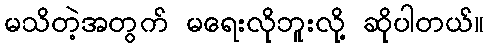
မသိတဲ့အတွက် မရေးလိုဘူးလို့ ဆိုပါတယ်။